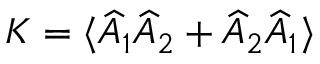
K = \langle \widehat { A } _ { 1 } \widehat { A } _ { 2 } + \widehat { A } _ { 2 } \widehat { A } _ { 1 } \rangle